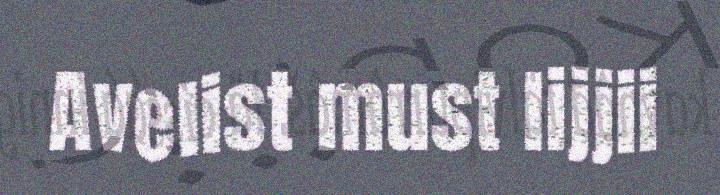
Avelist must lijjii